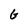
Character: G